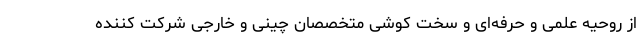
از روحیه علمی و حرفه‌ای و سخت کوشی متخصصان چینی و خارجی شرکت کننده